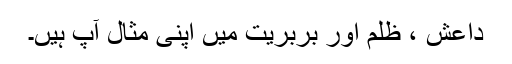
داعش ، ظلم اور بربریت میں اپنی مثال آپ ہیں۔